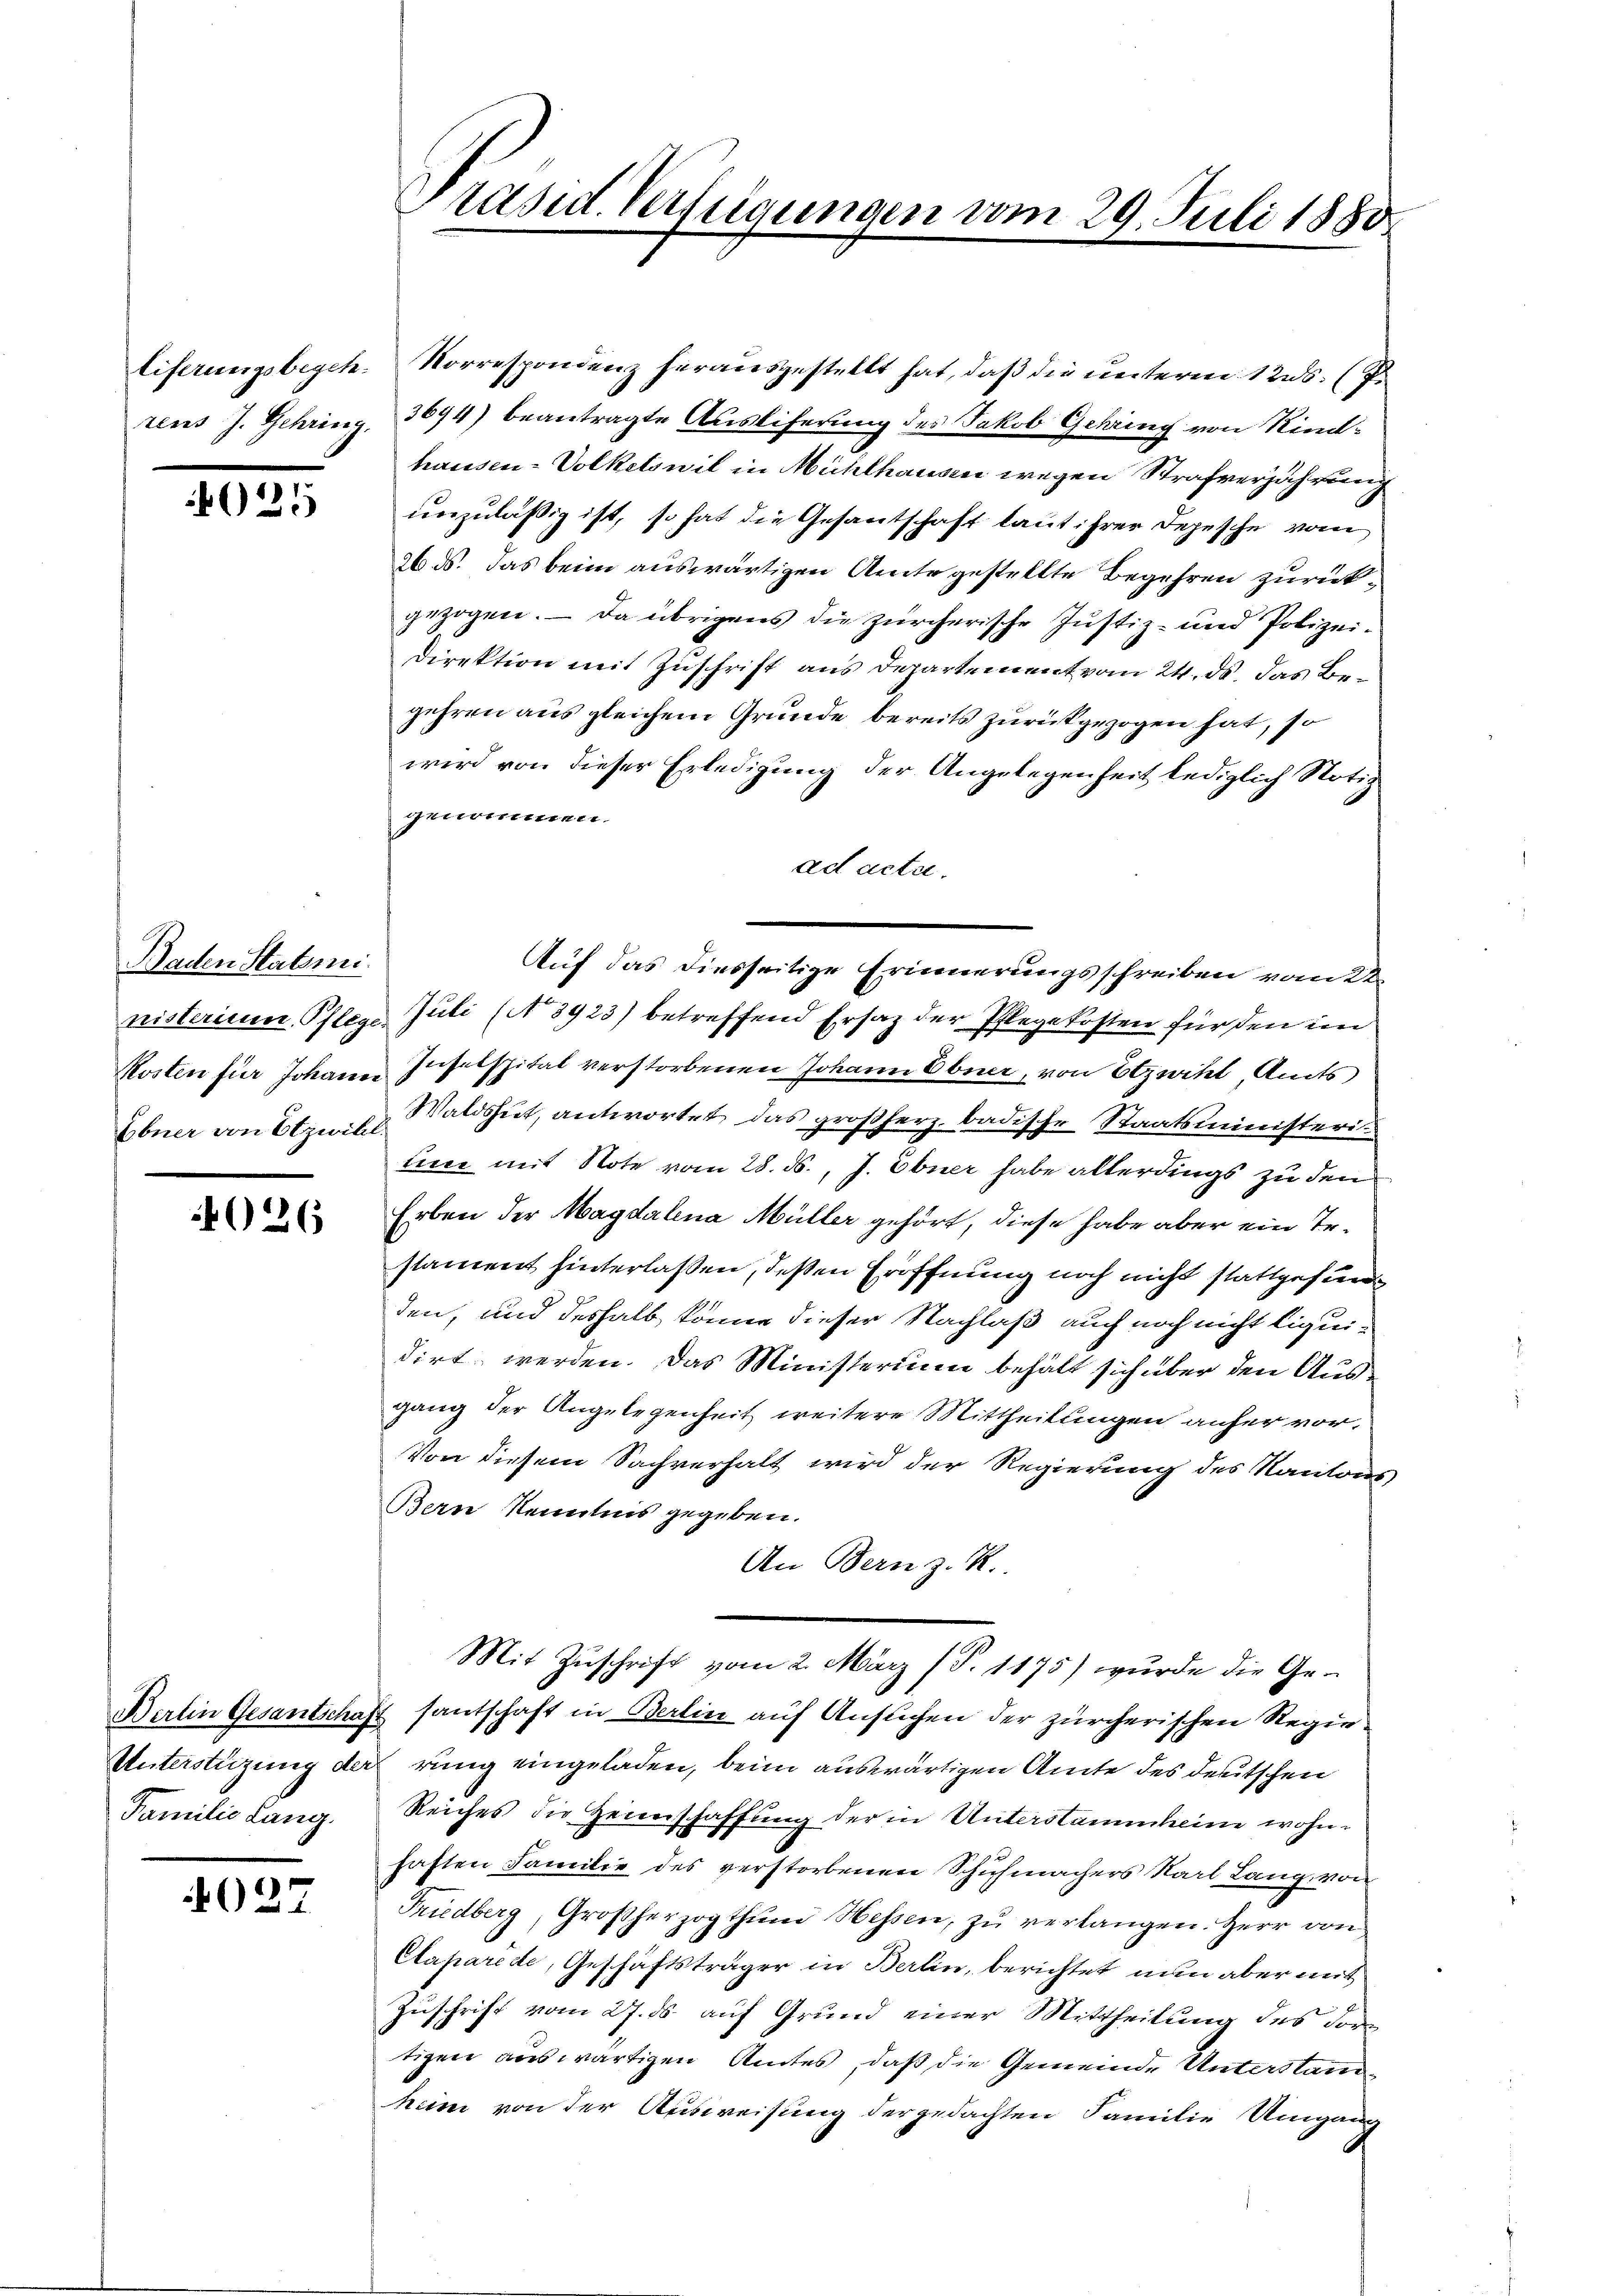
rens J. Gehring.

25

Baden Stati
Ebner von Etzwill.

4026

Familie Lang

027

Präsid. Verfügungen vom 29. Juli 1880

Eiferungsbegeh. Korrespondenz herausgestellt hat, daß die unterm 12.5. (B
3694) beantragte Ausliferung des Jakob Gebung von Rindhausen-Volketswil in Mühlhausen wegen Strafverjährung
unzuläßig ist, so hat die Gesantschaft laut ihrer Depesche vom
26. ds. das beim auswärtigen Amte gestellte Begehren zurückgezogen. — Da übrigens die zürcherische Justiz- und Polizei-
Direktion mit Zuschrift aus Departement vom 24. ds. das Begehren aus gleichem Grunde bereits zurückgezogen hat, so
wird von dieser Erledigung der Angelegenheit lediglich Notiz
geartemen
ad acta.
Auf das diesseitige Erinnerungsschreiben vom 22.
nisterium Pflege Juli (N8923) betreffend Ersatz der Pflegekosten für den im
Kosten für Johann Inselspital verstorbenen Johann Ebner, von Etzwill, Amts
Waldshut, antwortet das großherz. badische Staatsministeri
um mit Note vom 28. ds., J. Ebner habe allerdings zu den
Erben der Magdalena Müller gehört, diese habe aber ein Erstament hinterlassen, deßen Eröffnung noch nicht stattgefund
den, und deshalb könne dieser Nachlaß auch noch nicht liquidirt werden. Das Ministerium behält sich über den Ausgang der Angelegenheit weitere Mittheilungen anfer vor¬
Von diesem Sachverhalt wird der Regierung des Kantons
Bern Kenntnis gegeben.
An Bern z. R.
Mit Zuschrift vom 2. März (S. 1175) wurde die Ge¬
Berlin Gesantschaft santschaft in Berlin auf Ansuchen der zürcherischen Regie¬
Unterstüzung der rung eingeladen, beim auswärtigen Amte des deutschen
Reiches die Zeitschaffung der in Unterstammheim wohn-
haften Familie des verstorbenen Schuhmachers Karl Lang, von
Friedberg, Großherzogthum Hessen, zu verlangen. Herr von
Caparide, Geschäftsträger in Berlin, berichtet nun aber mit
Zuschrift vom 27. ds auf Grund einer Mittheilung des dortigen auswärtigen Amtes, daß die Gemeinde Unterstandhein von der Ausweisung der gedachten Familie Umgang